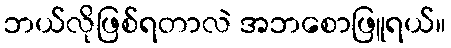
ဘယ်လိုဖြစ်ရတာလဲ အဘစောဖြူရယ်။